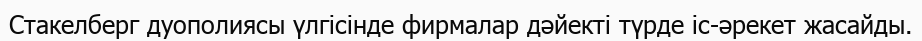
Стакелберг дуополиясы үлгісінде фирмалар дәйекті түрде іс-әрекет жасайды.